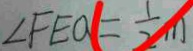
\angle F E O = \frac { 1 } { 2 } m